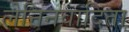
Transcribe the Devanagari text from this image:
लेनिनवादिता